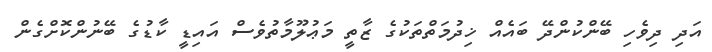
އަދި ދިވެހި ބޭންކުންދޭ ބައެއް ޚިދުމަތްތަކުގެ ޒާތީ މަޢުލޫމާތުވެސް އައިޑީ ކާޑުގެ ބޭނުންކޮށްގެން